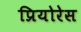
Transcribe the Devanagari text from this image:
प्रियोरेस